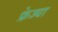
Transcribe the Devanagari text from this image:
फ्रेज्या